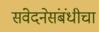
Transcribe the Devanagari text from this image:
संवेदनेसंबंधीचा